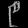
Digit: ၉